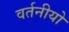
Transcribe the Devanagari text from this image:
वर्तनीयो